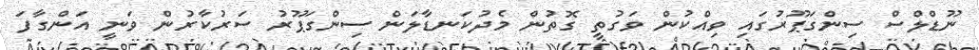
ނޫޑްލްސް ސިންގަޕޫރުގައި ވިއްކުން ވަގުތީ ގޮތުން މެދުކަނޑާލަން ސިންގަޕޫރު ސަރުކާރުން ވަނީ އަންގާފަ